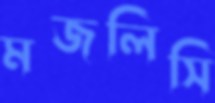
মজলিসি